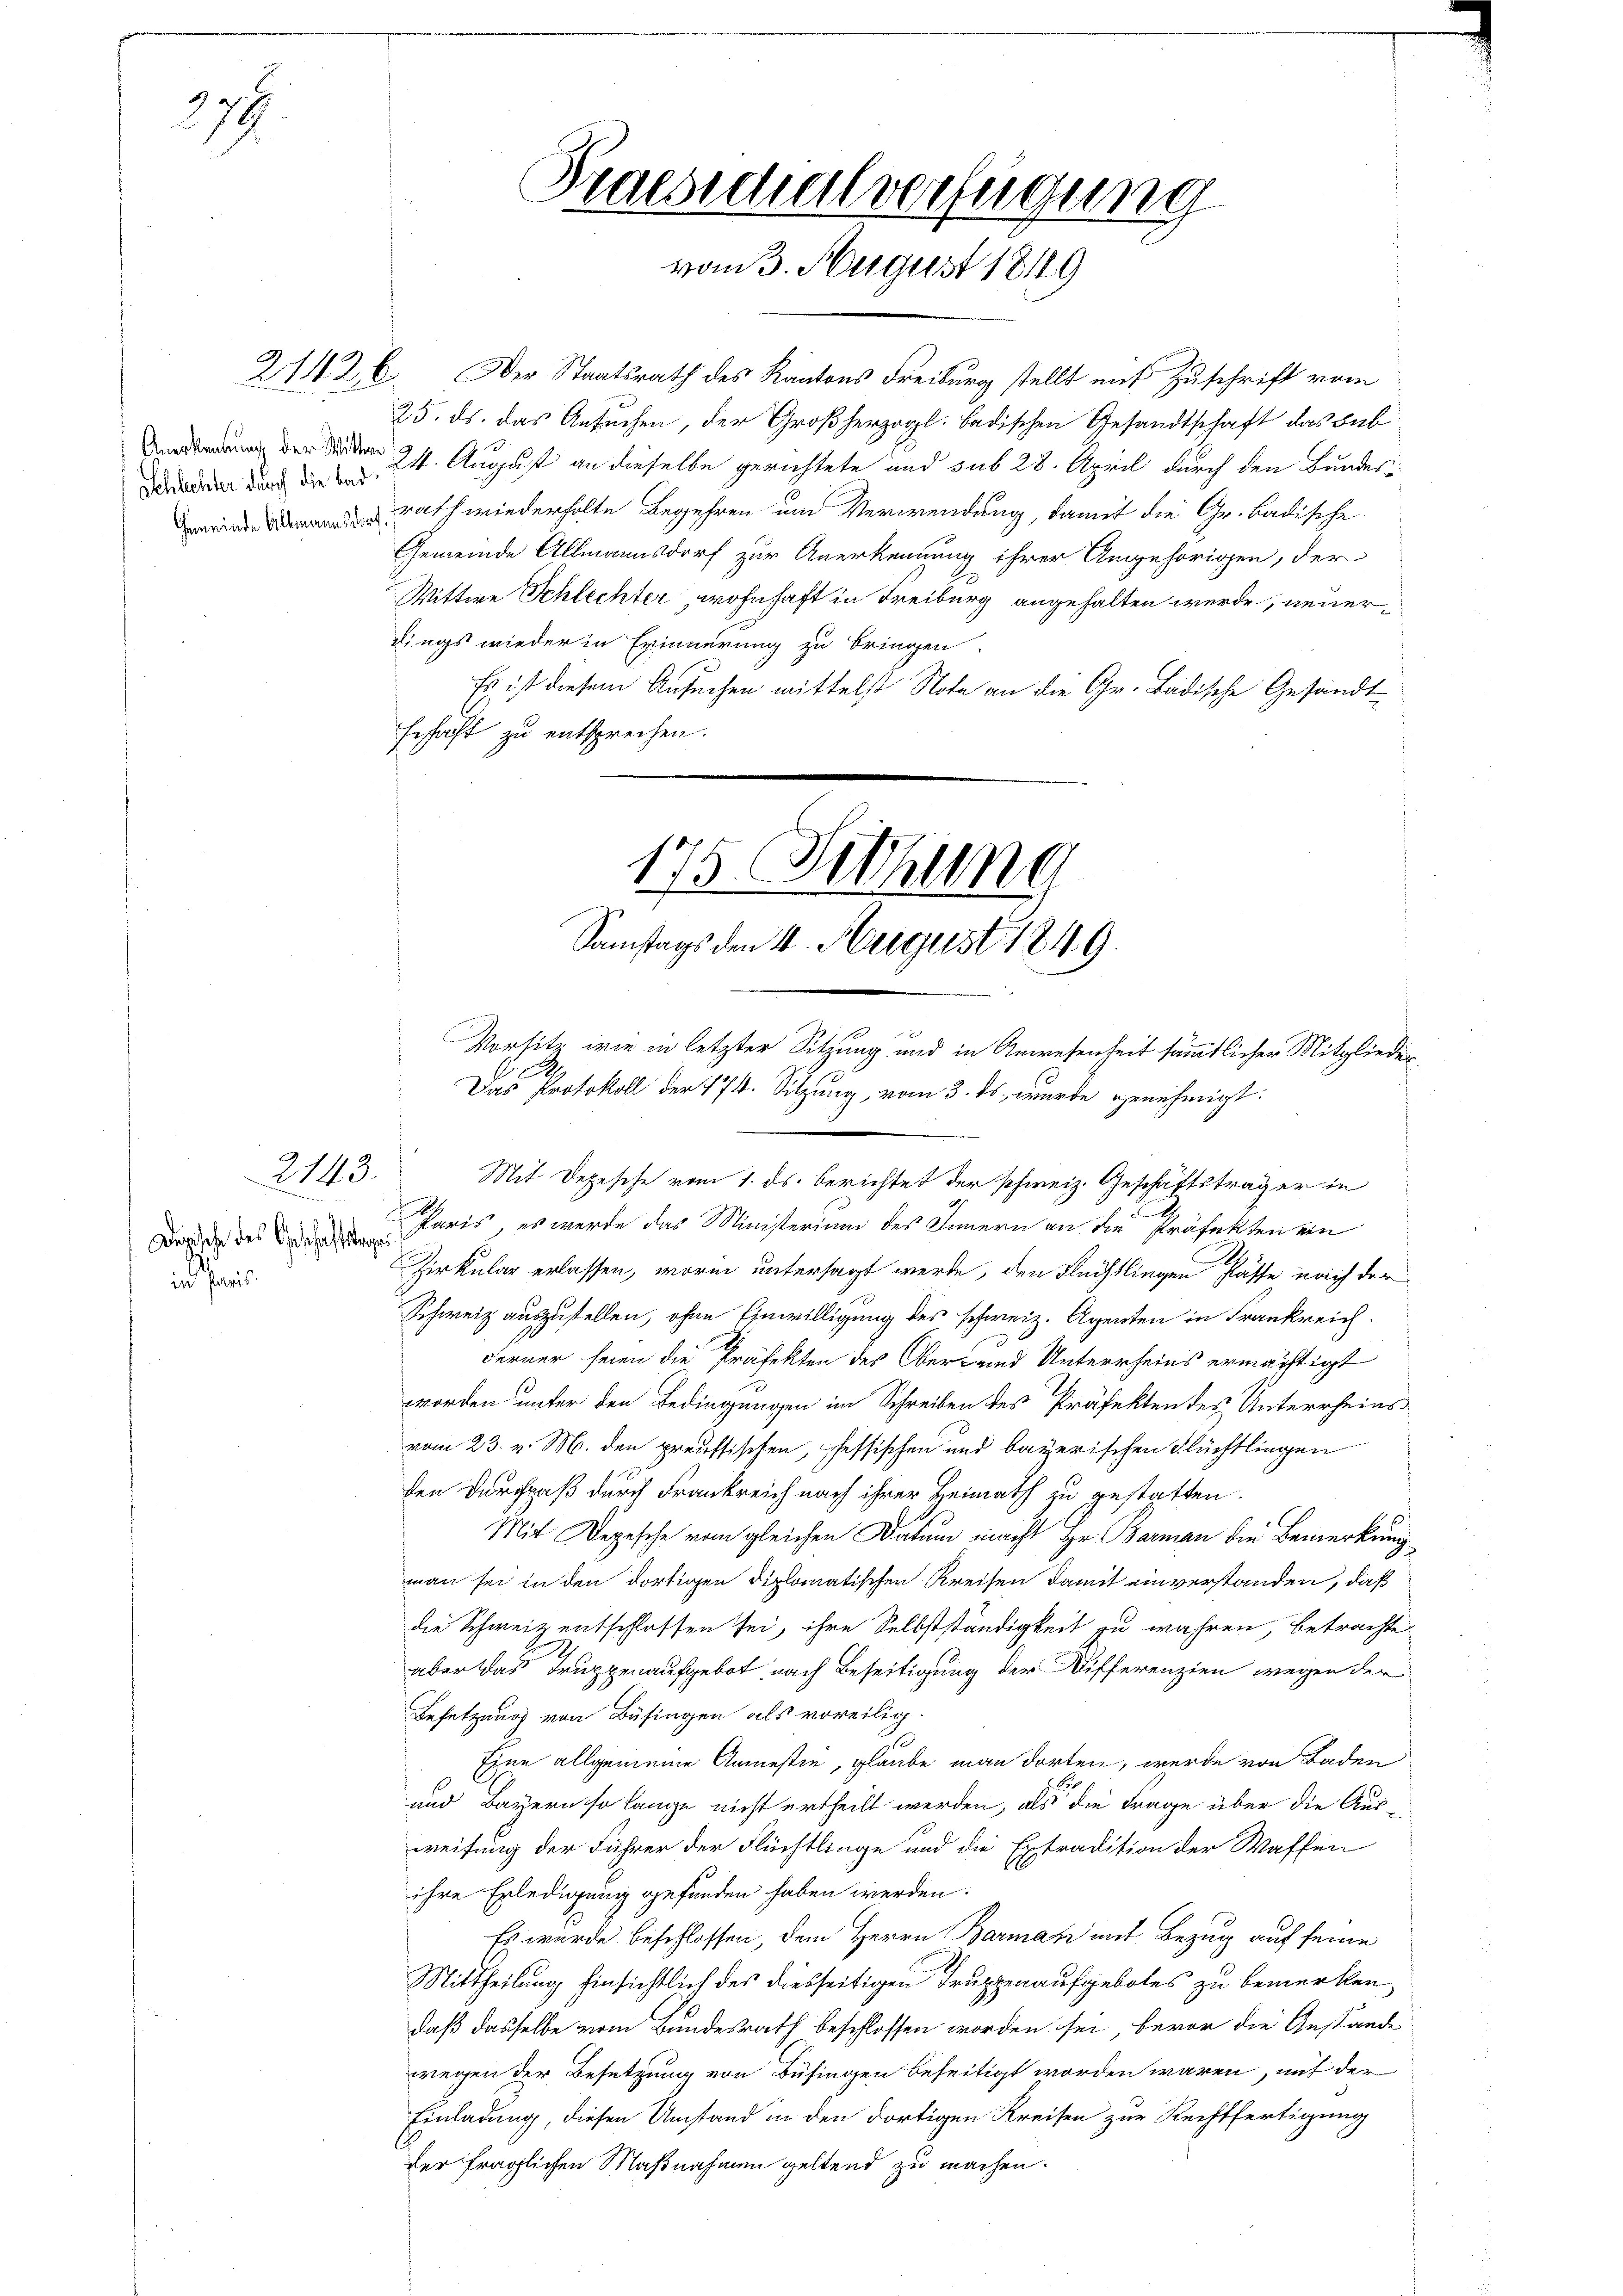
27.

Schlechter durch die Bad¬

in Paris

2143.

21426. Der Staatsrath des Kantons Freiburg stellt mit Zuschrift vom
25. ds. das Ansuchen, der Großherzogl. badischen Gesandtschaft das Bub
eden 21. August an dieselbe gerichtete und sub 28. April durch den Bundes¬
 rath wiederholte Begehren um Verwendung, damit die Gr. Badische
Gemeinde Allmannsdorf zur Anerkennung ihrer Angehörigen, der
Wittwe Schlechter, wohnhaft in Freiburg angehalten werde, neuerdings wieder in Erinnerung zu bringen
Es ist diesem Ansuchen mittelst Nota an die Gr. Badische Gesandt
Erschaft zu entsprechen.
175. Fethung
Samstags den 4. August 1849.

Praesidialverfügung
vom 3. August 1849

Vorsitz wie in letzter Sitzung und in Anwesenheit sämmtlicher Mitglieder¬
2.
Das Protokoll der 174. Sitzung, vom 3. ds. wurde genehmigt.

Mit Depesche vom 1. ds. berichtet der schweiz. Geschäftsträger in
2
Bord des Dein Paris, es werde das Ministerium des Innern an die Präfekten ein
Zirkular erlassen, worin untersagt werde, den Flüchtlingen Klasse nach der
Schweiz auszustellen, ohne Einwilligung des schweiz. Agenten in Frankreich¬
Ferner seien die Präfekten des Ober- und Unterrheins ermächtigt
worden unter den Bedingungen im Schreiben des Präfekten des Unterrheins
vom 23. v. M. den preussischen, sessischen und bayerischen Flüchtlingen
den Durchpaß durch Frankreich nach ihrer Heimath zu gestatten.
C
Mit Depesche vom gleichen Datum macht Hr. Barman die Bemerkung
man sei in den dortigen diplomatischen Kreisen damit einverstanden, daß
die Schweiz entschlossen sei, ihre Selbstständigkeit zu wahren, betrachten
aber das Truppenaufgebot nach Beseitigung der Differenzien wegen der
Besetzung von Büsingen als voreilig
Eine allgemeine Anmestie, glaube man dorten, werde von Baden
r
und Bayern so lange nicht ertheilt werden, als die Frage über die Ausweisung der Führer der Flüchtlinge und die Extradition der Waffen
ihre Erledigung gefunden haben werden:
Es wurde beschlossen, dem Herrn Barman mit Bezug auf seine
Mittheilung hinsichtlich des diesseitigen Truppenaufgebotes zu bemerken,
daß dasselbe vom Bundesrath beschlossen worden sei, bevor die Anstände
wegen der Besetzung von Büsingen beseitigt worden wären, mit der
Einladung, diesen Umstand in den dortigen Kreisen zur Rechtfertigung
der fraglichen Maßnahmen geltend zu machen.